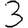
Digit: 3